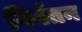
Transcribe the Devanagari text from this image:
विर्वतन